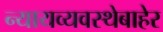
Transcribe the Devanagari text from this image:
न्यायव्यवस्थेबाहेर